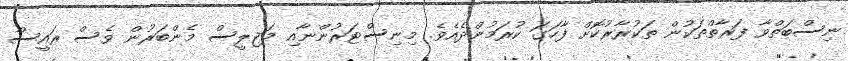
ނިސްބަތްވާ ފަރާތްތަކުން ތަކުރާރުކޮށް ފާހަގަ ކުރަމުންދެއެވެ. މިނިސްޓަރުންނާއި މަޖިލީސް މެންބަރުން ވެސް ރައީސް